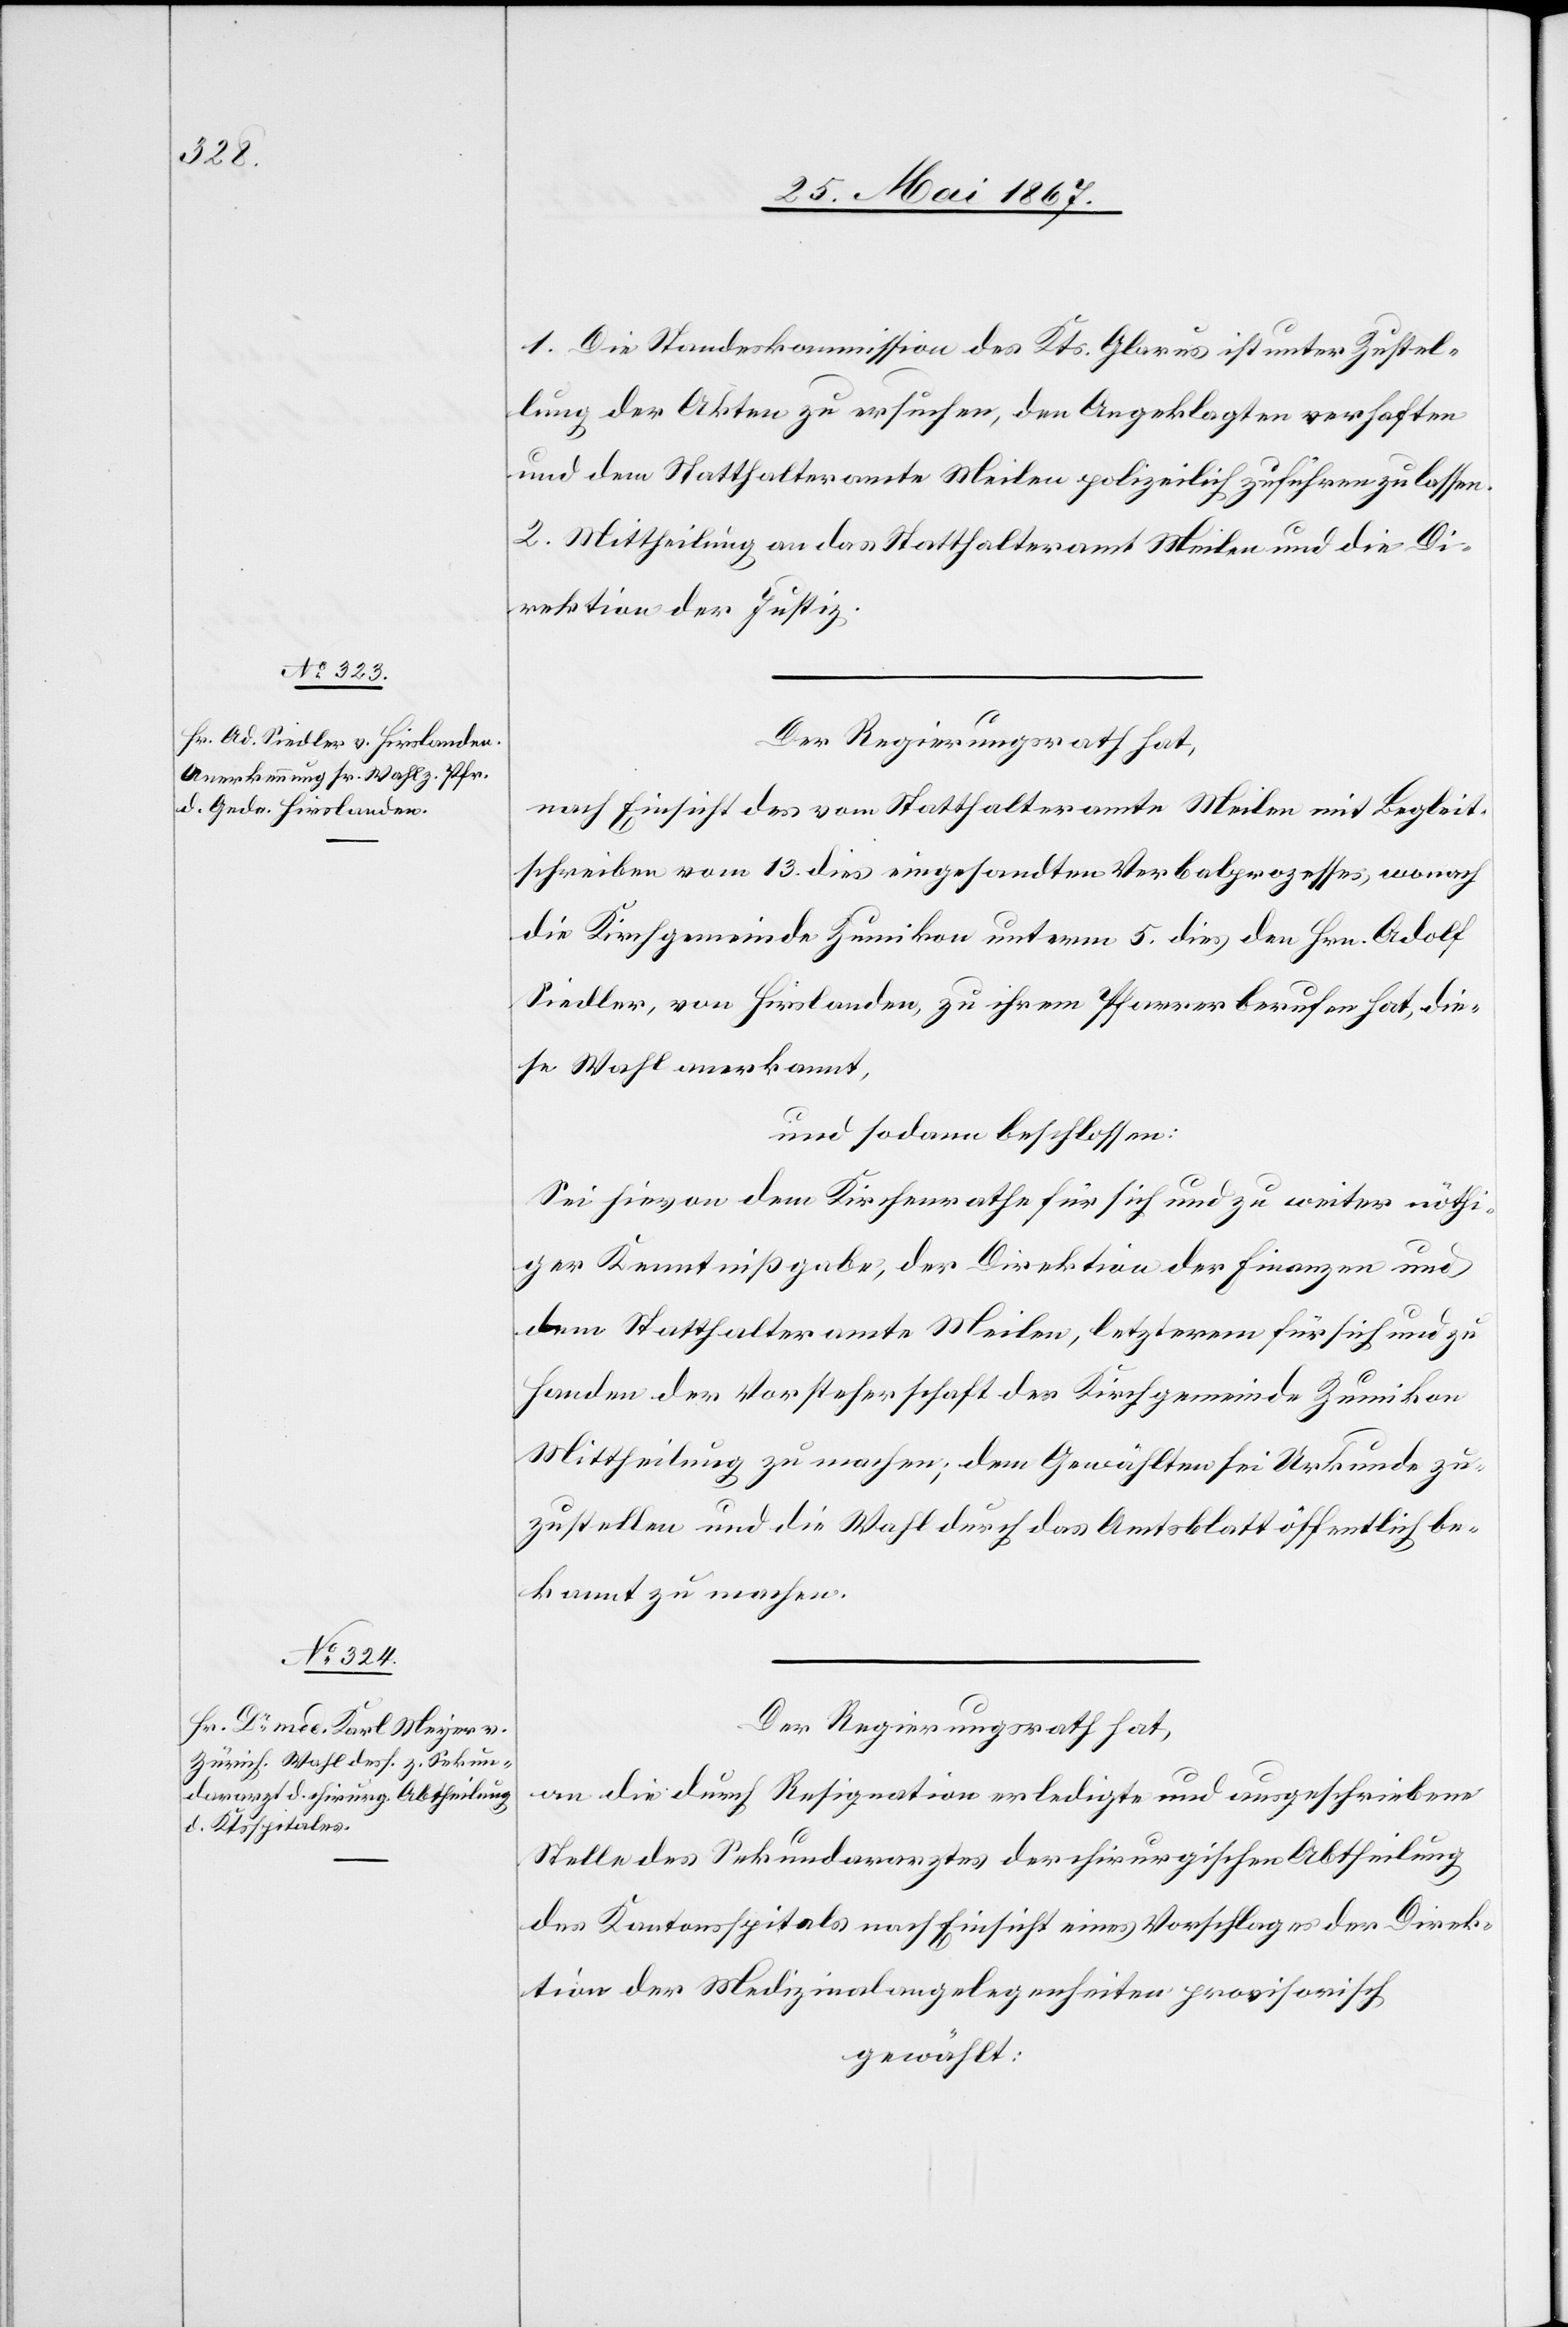
1. Die Standeskommission des Kts. Glarus ist unter Zustel¬
lung der Akten zu ersuchen, den Angeklagten verhaften
und dem Statthalteramte Meilen polizeilich zustellen zu lassen.
2. Mittheilung an das Statthalteramt Meilen und die Di¬
rektion der Justiz.
Der Regierungsrath hat,
nach Einsicht des vom Statthalteramte Meilen mit Begleit¬
schreiben vom 13. dies eingesandten Verbalprozesses, wonach
die Kirchgemeinde Zumikon unterm 5. dies den Hrn. Adolf
Siedler, von Hirslanden zu ihrem Pfarrer berufen hat, die¬
se Wahl anerkannt,
und sodann beschlossen:
Sei hievon dem Kirchenrathe für sich und zu weiter nöthi¬
ger Kenntnißgabe, der Direktion der Finanzen und
dem Statthalteramte Meilen, letzterem für sich und zu
Handen der Vorsteherschaft der Kirchgemeinde Zumikon
Mittheilung zu machen; dem Gewählten sei Urkunde zu¬
zustellen und die Wahl durch das Amtsblatt öffentlich be¬
kannt zu machen.
Der Regierungsrath hat,
an die durch Resignation erledigte und ausgeschriebene
Stelle des Sekundararztes der chirurgischen Abtheilung
des Kantonsspitals nach Einsicht eines Vorschlages der Direk¬
tion der Medizinalangelegenheiten provisorisch
gewählt: